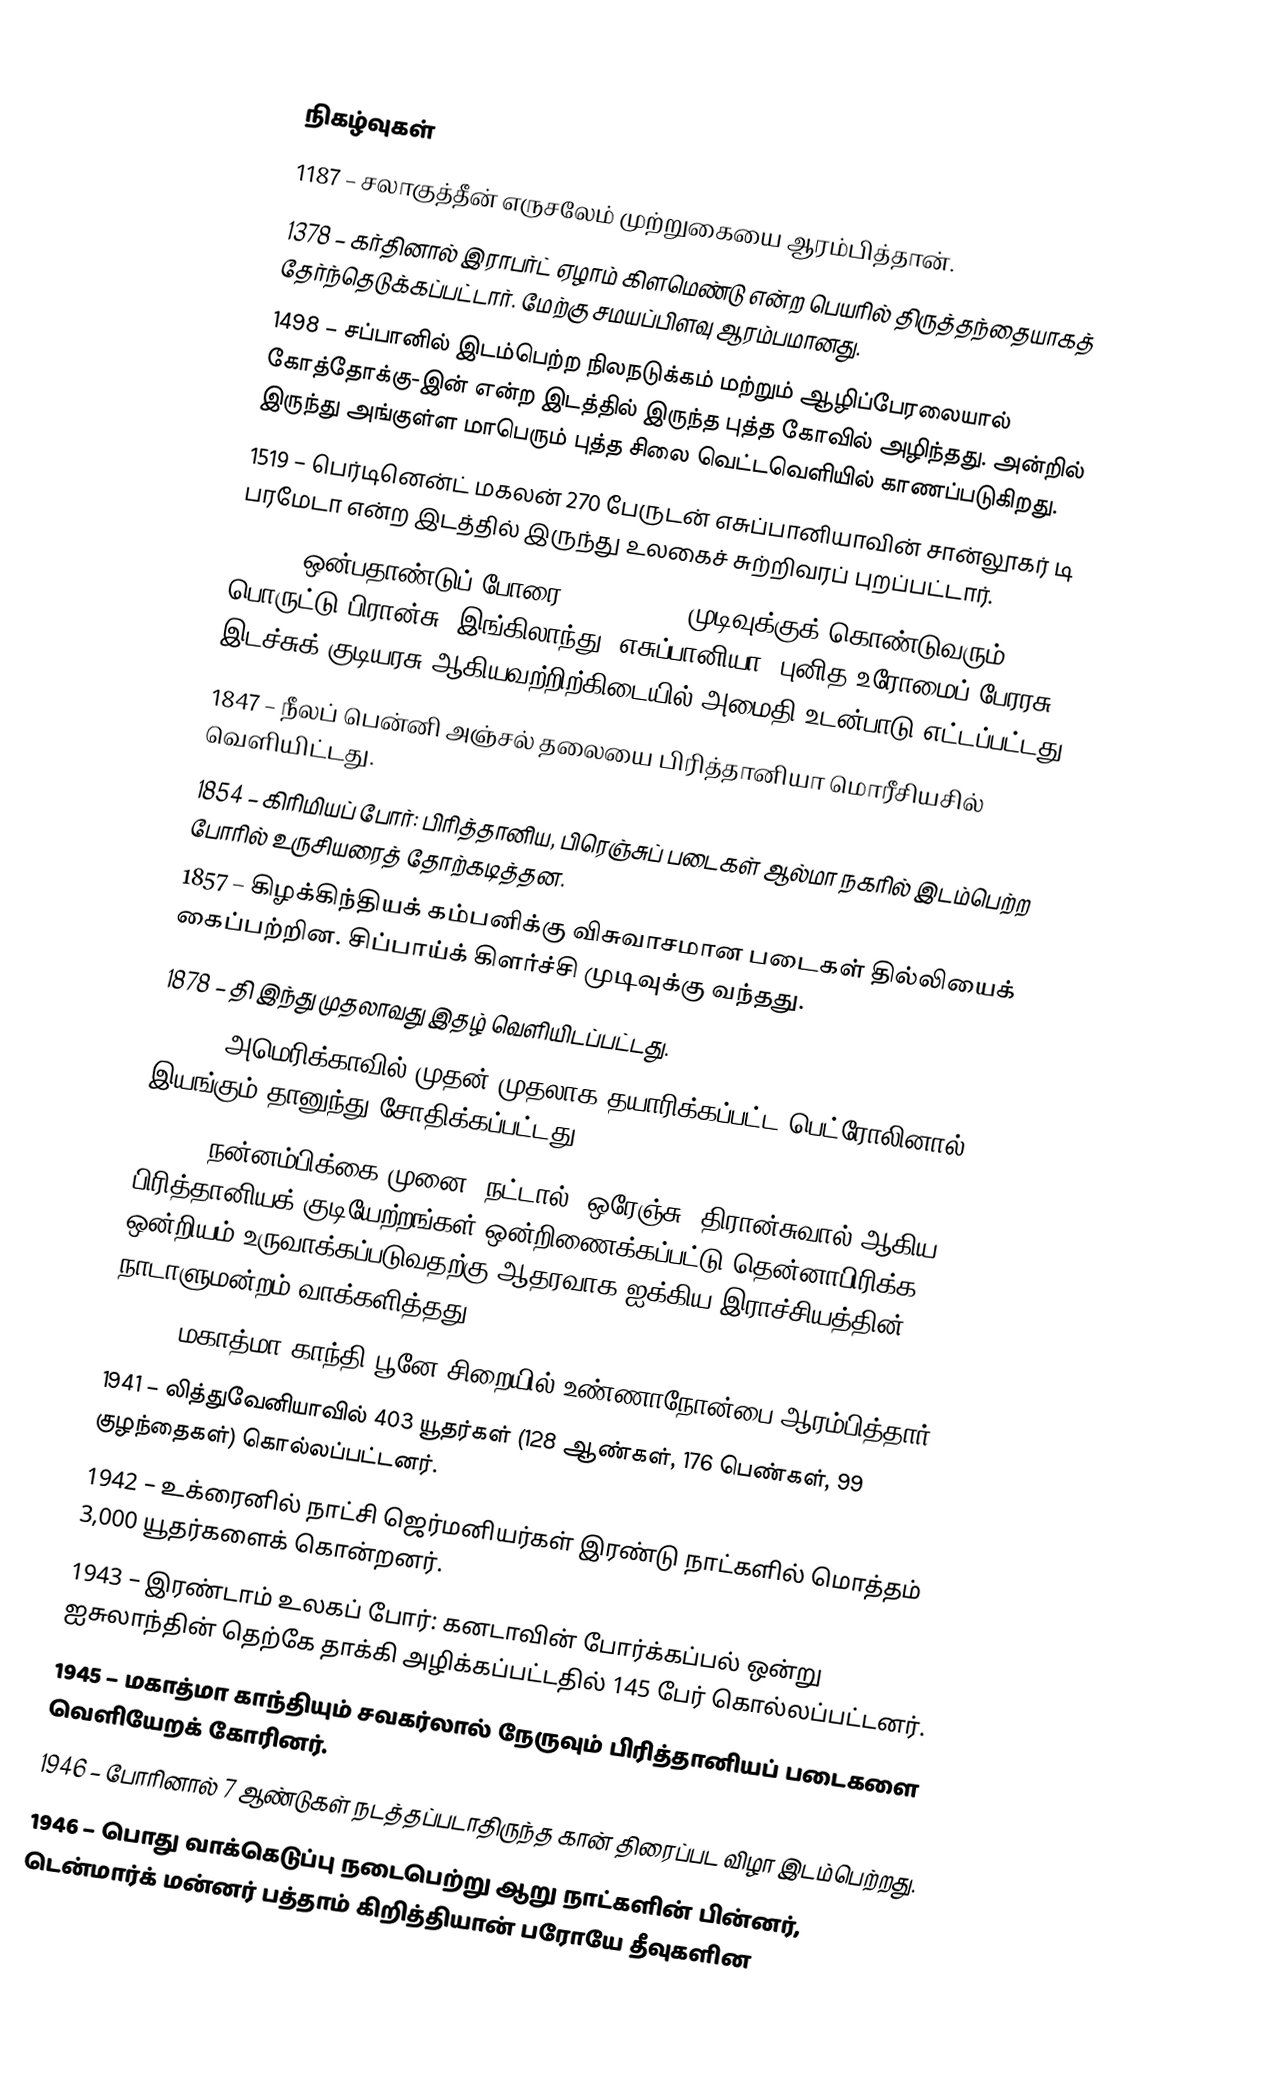

நிகழ்வுகள்
1187 – சலாகுத்தீன் எருசலேம் முற்றுகையை ஆரம்பித்தான்.
1378 – கர்தினால் இராபர்ட் ஏழாம் கிளமெண்டு என்ற பெயரில் திருத்தந்தையாகத் தேர்ந்தெடுக்கப்பட்டார். மேற்கு சமயப்பிளவு ஆரம்பமானது.
1498 – சப்பானில் இடம்பெற்ற நிலநடுக்கம் மற்றும் ஆழிப்பேரலையால் கோத்தோக்கு-இன் என்ற இடத்தில் இருந்த புத்த கோவில் அழிந்தது. அன்றில் இருந்து அங்குள்ள மாபெரும் புத்த சிலை வெட்டவெளியில் காணப்படுகிறது.
1519 – பெர்டினென்ட் மகலன் 270 பேருடன் எசுப்பானியாவின் சான்லூகர் டி பரமேடா என்ற இடத்தில் இருந்து உலகைச் சுற்றிவரப் புறப்பட்டார்.
1697 – ஒன்பதாண்டுப் போரை (1688-1697) முடிவுக்குக் கொண்டுவரும் பொருட்டு பிரான்சு, இங்கிலாந்து, எசுப்பானியா, புனித உரோமைப் பேரரசு இடச்சுக் குடியரசு ஆகியவற்றிற்கிடையில் அமைதி உடன்பாடு எட்டப்பட்டது.
1847 – நீலப் பென்னி அஞ்சல் தலையை பிரித்தானியா மொரீசியசில் வெளியிட்டது.
1854 – கிரிமியப் போர்: பிரித்தானிய, பிரெஞ்சுப் படைகள் ஆல்மா நகரில் இடம்பெற்ற போரில் உருசியரைத் தோற்கடித்தன.
1857 – கிழக்கிந்தியக் கம்பனிக்கு விசுவாசமான படைகள் தில்லியைக் கைப்பற்றின. சிப்பாய்க் கிளர்ச்சி முடிவுக்கு வந்தது.
1878 – தி இந்து முதலாவது இதழ் வெளியிடப்பட்டது.
1893 – அமெரிக்காவில் முதன் முதலாக தயாரிக்கப்பட்ட பெட்ரோலினால் இயங்கும் தானுந்து சோதிக்கப்பட்டது.
1909 – நன்னம்பிக்கை முனை, நட்டால், ஒரேஞ்சு, திரான்சுவால் ஆகிய பிரித்தானியக் குடியேற்றங்கள் ஒன்றிணைக்கப்பட்டு தென்னாபிரிக்க ஒன்றியம் உருவாக்கப்படுவதற்கு ஆதரவாக ஐக்கிய இராச்சியத்தின் நாடாளுமன்றம் வாக்களித்தது.
1932 – மகாத்மா காந்தி பூனே சிறையில் உண்ணாநோன்பை ஆரம்பித்தார்.
1941 – லித்துவேனியாவில் 403 யூதர்கள் (128 ஆண்கள், 176 பெண்கள், 99 குழந்தைகள்) கொல்லப்பட்டனர்.
1942 – உக்ரைனில் நாட்சி ஜெர்மனியர்கள் இரண்டு நாட்களில் மொத்தம் 3,000 யூதர்களைக் கொன்றனர்.
1943 – இரண்டாம் உலகப் போர்: கனடாவின் போர்க்கப்பல் ஒன்று ஐசுலாந்தின் தெற்கே தாக்கி அழிக்கப்பட்டதில் 145 பேர் கொல்லப்பட்டனர்.
1945 – மகாத்மா காந்தியும் சவகர்லால் நேருவும் பிரித்தானியப் படைகளை வெளியேறக் கோரினர்.
1946 – போரினால் 7 ஆண்டுகள் நடத்தப்படாதிருந்த கான் திரைப்பட விழா இடம்பெற்றது.
1946 – பொது வாக்கெடுப்பு நடைபெற்று ஆறு நாட்களின் பின்னர், டென்மார்க் மன்னர் பத்தாம் கிறித்தியான் பரோயே தீவுகளின